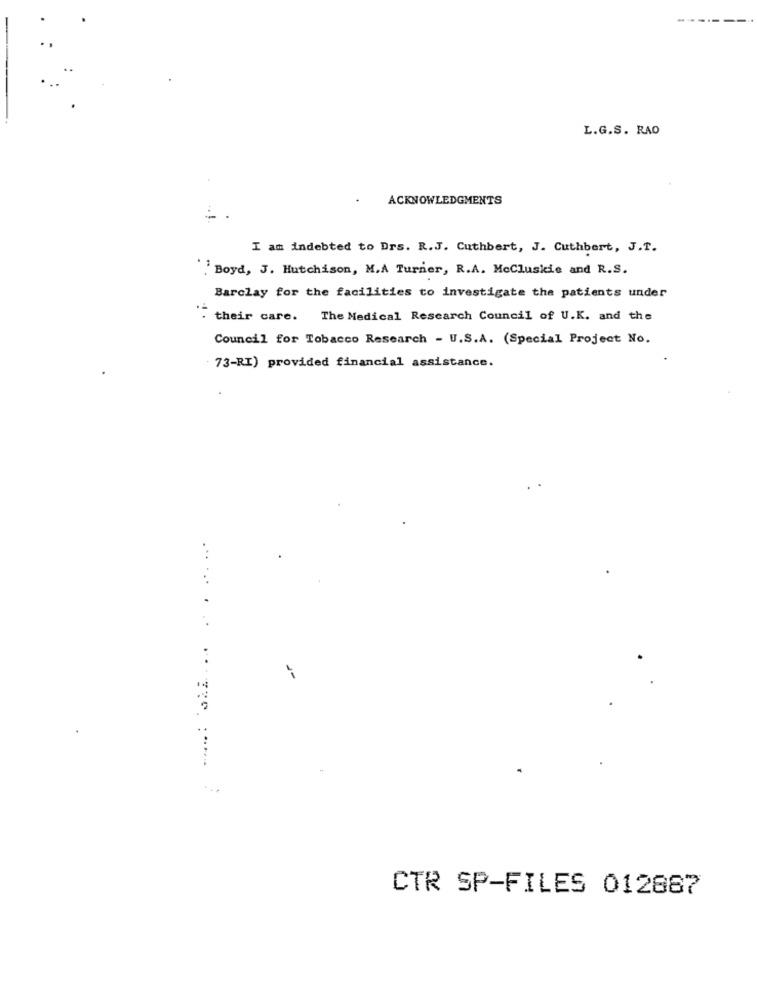
L.G.S. RAO
ACKNOWLEDGMENTS
I am indebted to Drs. R.J. Cuthbert, J. Cuthbert, J.T.
.Boyd, J. Hutchison, M.A Turner, R.A. McCluskie and R.S.
Barclay for the facilities to investigate the patients under
their care. The Medical Research Council of U.K. and the
Council for Tobacco Research - U.S.A. (Special Project No.
73-RI) provided financial assistance.
... ...
CTR SP-FILES 012887